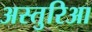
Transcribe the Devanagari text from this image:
अस्तुरिआ